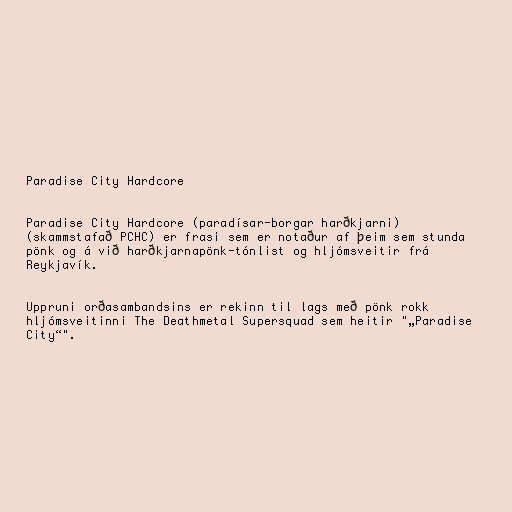
Paradise City Hardcore

Paradise City Hardcore (paradísar-borgar harðkjarni)
(skammstafað PCHC) er frasi sem er notaður af þeim sem stunda
pönk og á við harðkjarnapönk-tónlist og hljómsveitir frá
Reykjavík.

Uppruni orðasambandsins er rekinn til lags með pönk rokk
hljómsveitinni The Deathmetal Supersquad sem heitir "„Paradise
City“".